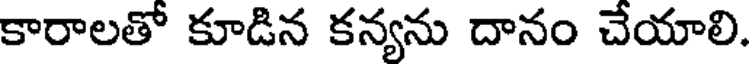
కారాలతో కూడిన కన్యను దానం చేయాలి.